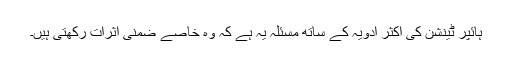
ہائپر ٹینشن کی اکثر ادویہ کے ساتھ مسئلہ یہ ہے کہ وہ خاصے ضمنی اثرات رکھتی ہیں۔